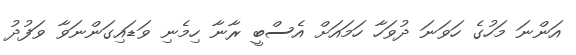
އަންނަ މަހުގެ ހަވަނަ ދުވަހާ ހަމައަށް އެސްބީ ރާނާ ހިމެނި ވަޑައިގަންނަވާ ވަފުދު